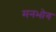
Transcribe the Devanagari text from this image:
मनभोग